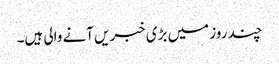
چند روز میں بڑی خبریں آنے والی ہیں۔